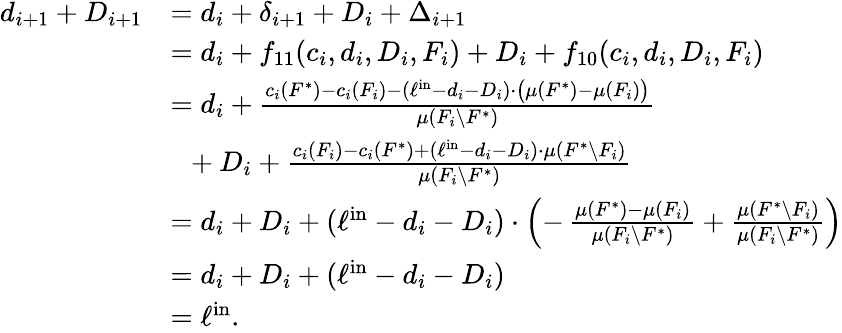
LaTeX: \begin{array}{rl}{d_{i+1}+D_{i+1}}&{=d_{i}+\delta_{i+1}+D_{i}+\Delta_{i+1}}\\ {}&{=d_{i}+f_{11}(c_{i},d_{i},D_{i},F_{i})+D_{i}+f_{10}(c_{i},d_{i},D_{i},F_{i})}\\ {}&{=d_{i}+\frac{c_{i}(F^{*})-c_{i}(F_{i})-(\ell^{\mathrm{in}}-d_{i}-D_{i})\cdot\big(\mu(F^{*})-\mu(F_{i})\big)}{\mu(F_{i}\setminus F^{*})}}\\ {}&{~~+D_{i}+\frac{c_{i}(F_{i})-c_{i}(F^{*})+(\ell^{\mathrm{in}}-d_{i}-D_{i})\cdot\mu(F^{*}\setminus F_{i})}{\mu(F_{i}\setminus F^{*})}}\\ {}&{=d_{i}+D_{i}+(\ell^{\mathrm{in}}-d_{i}-D_{i})\cdot\left(-\, \frac{\mu(F^{*})-\mu(F_{i})}{\mu(F_{i}\setminus F^{*})}+\frac{\mu(F^{*}\setminus F_{i})}{\mu(F_{i}\setminus F^{*})}\right)}\\ {}&{=d_{i}+D_{i}+(\ell^{\mathrm{in}}-d_{i}-D_{i})}\\ {}&{=\ell^{\mathrm{in}}.}\end{array}